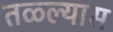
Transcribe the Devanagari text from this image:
तळ्ल्यास